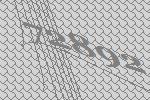
72892